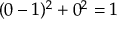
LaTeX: ( 0 - 1 ) ^ { 2 } + 0 ^ { 2 } = 1